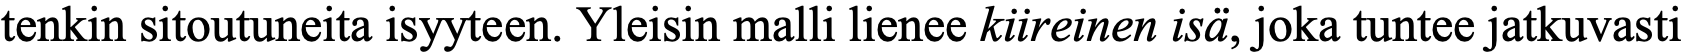
tenkin sitoutuneita isyyteen. Yleisin malli lienee kiireinen isä, joka tuntee jatkuvasti